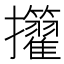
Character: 𢺜